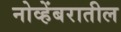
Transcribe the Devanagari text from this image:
नोव्हेंबरातील